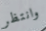
وانتظر